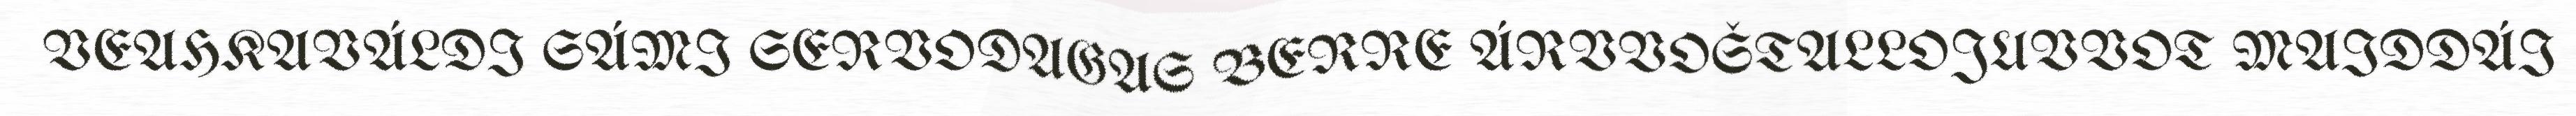
VEAHKAVÁLDI SÁMI SERVODAGAS BERRE ÁRVVOŠTALLOJUVVOT MAIDDÁI